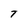
Character: T